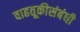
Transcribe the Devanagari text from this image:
वाहतूकीसंबंधी